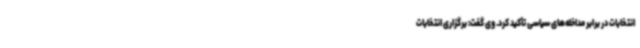
انتخابات در برابر مداخله‌های سیاسی تأکید کرد. وی گفت: برگزاری انتخابات